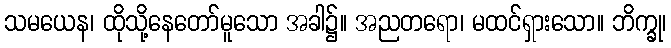
သမယေန၊ ထိုသို့နေတော်မူသော အခါ၌။ အညတရော၊ မထင်ရှားသော။ ဘိက္ခု၊